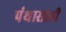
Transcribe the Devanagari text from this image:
पंथासाठी